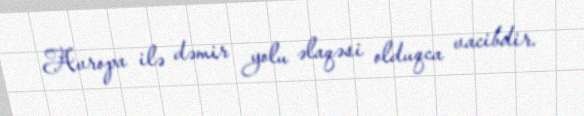
Avropa ilə dəmir yolu əlaqəsi olduqca vacibdir.